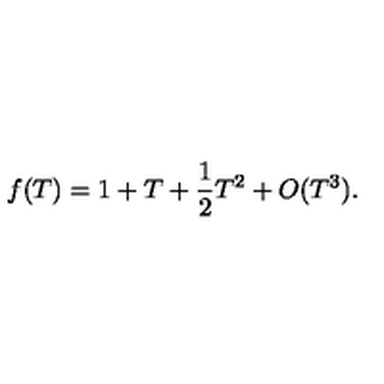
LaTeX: f ( T ) = 1 + T + { \frac { 1 } { 2 } } T ^ { 2 } + O ( T ^ { 3 } ) .